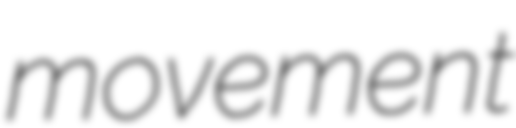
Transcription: movement